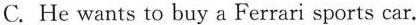
C. He wants to buy a Ferrari sports car.